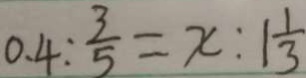
0 . 4 : \frac { 3 } { 5 } = x : 1 \frac { 1 } { 3 }